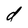
Character: d